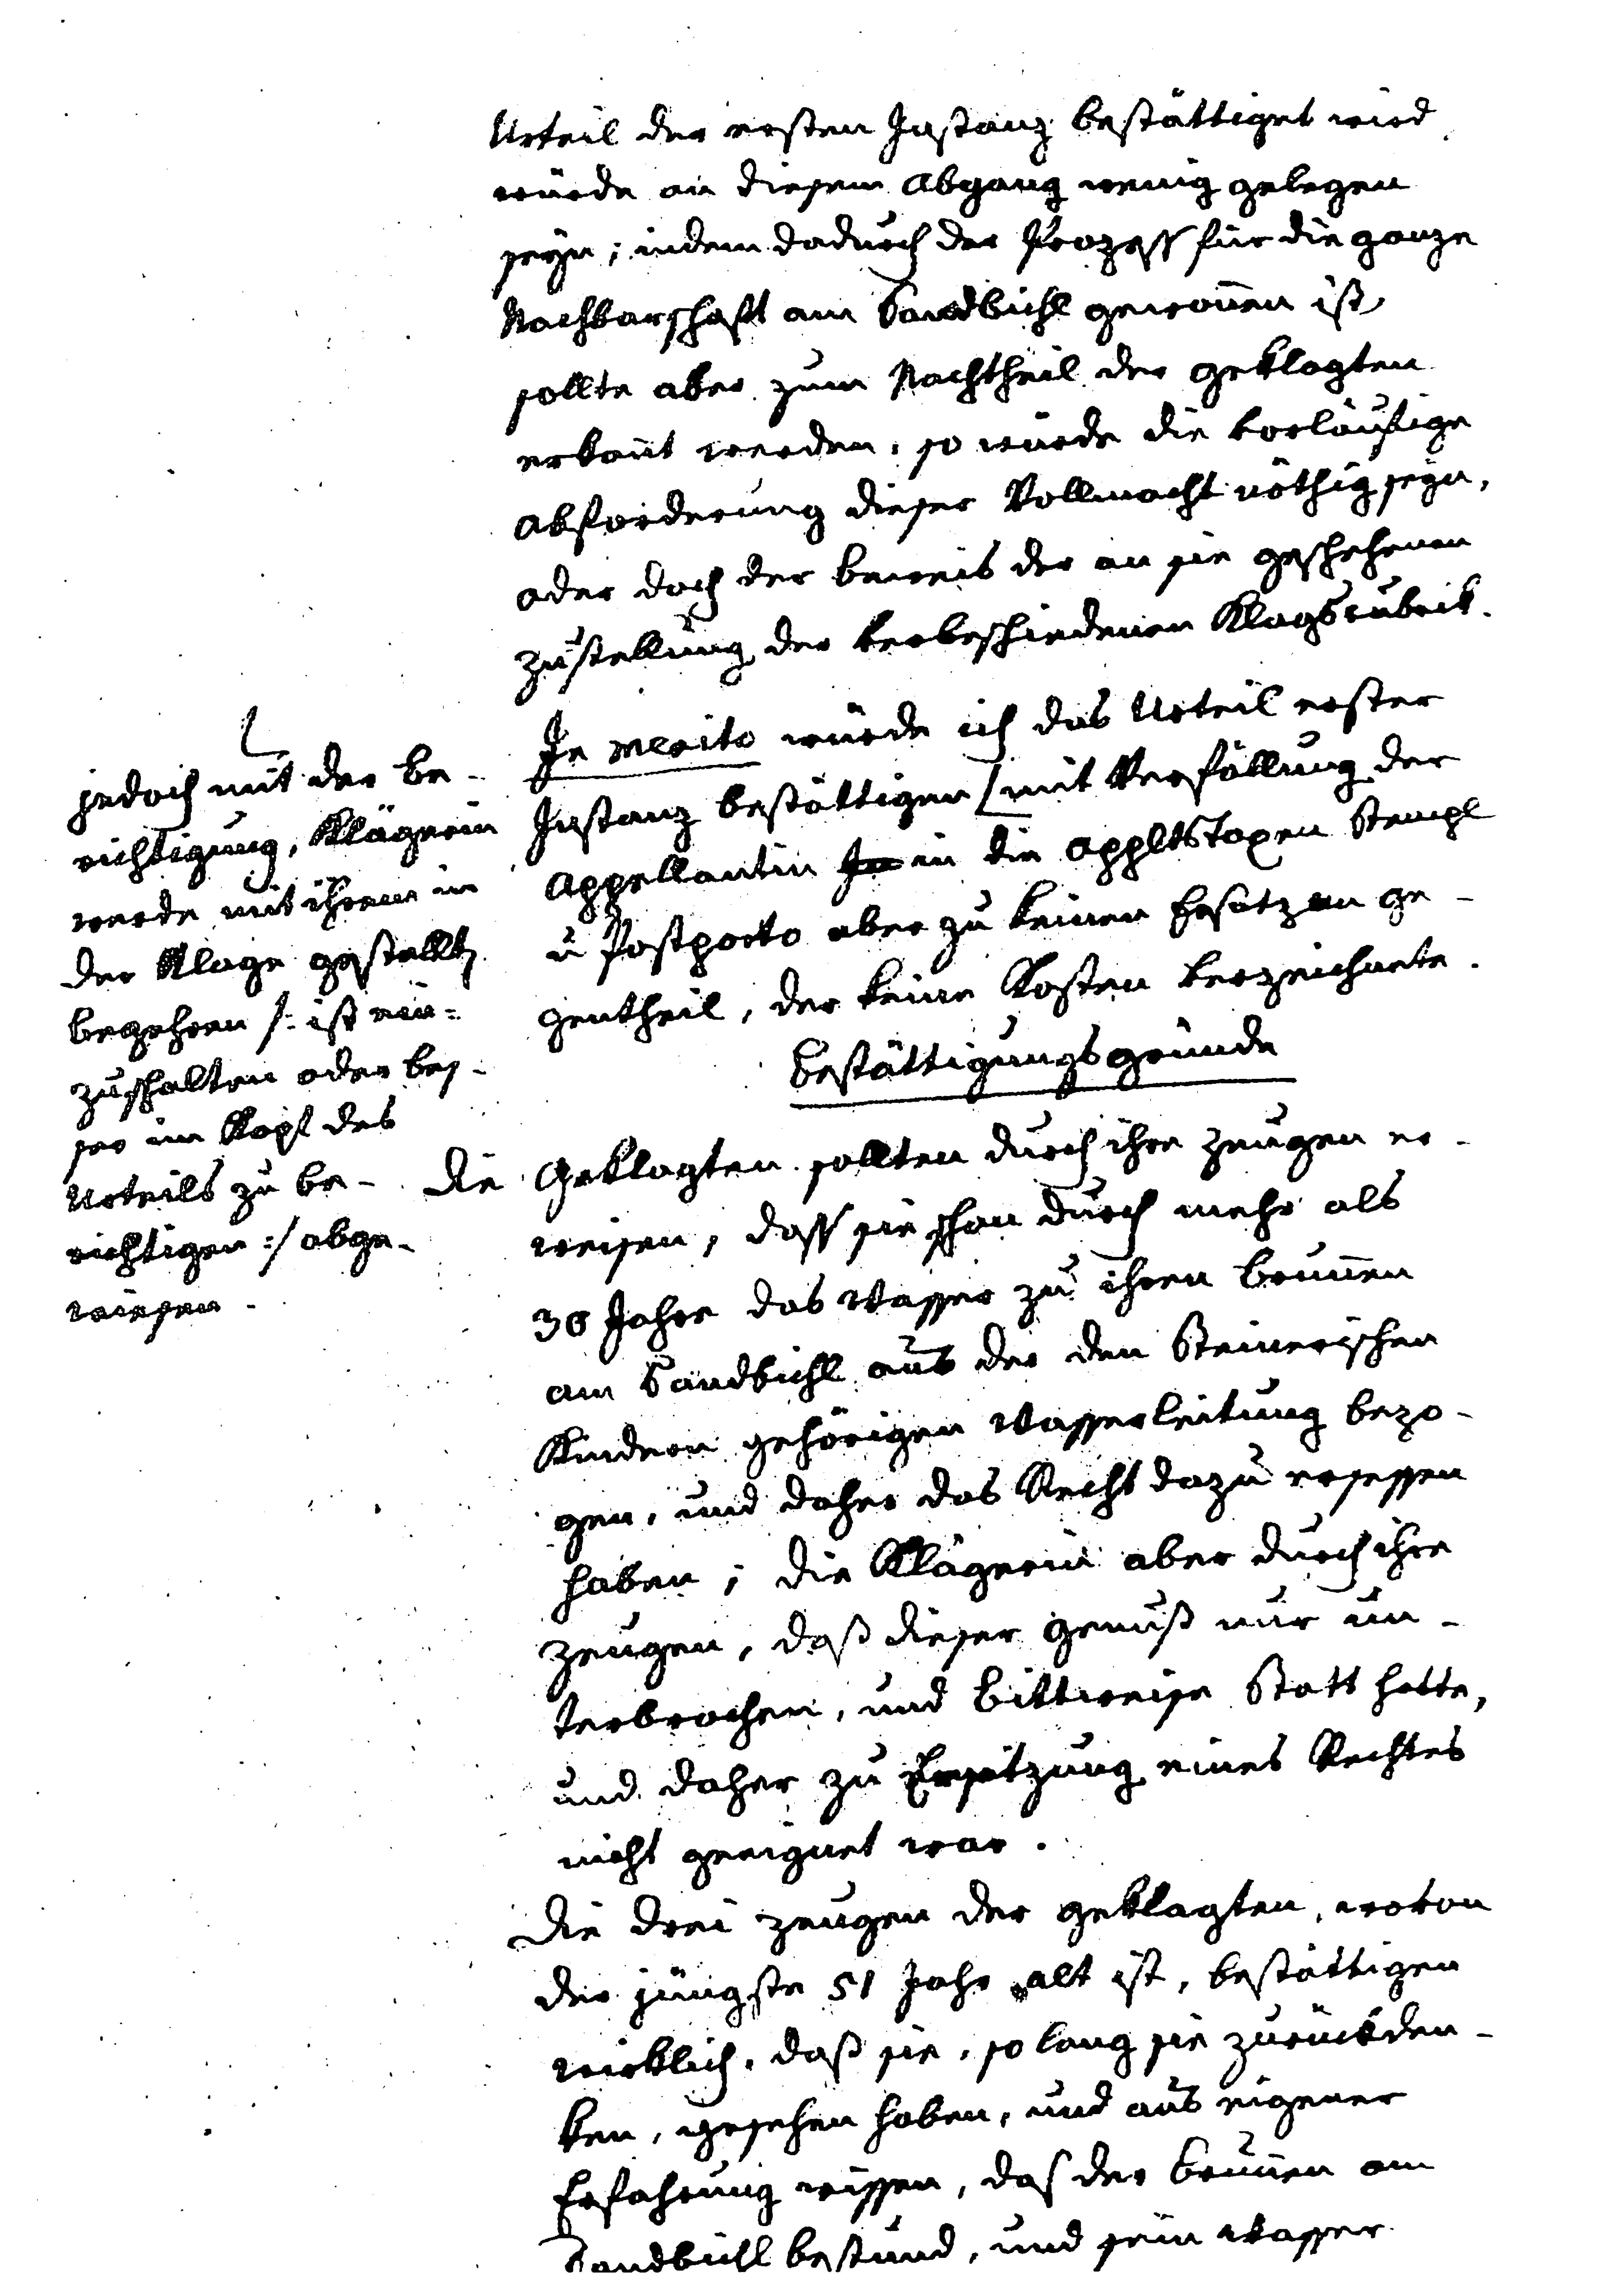
Urteil der ersten Instanz bestättiget wird.
würde an diesem Abgang wenig gelegen
seyn; indem dadurch der Prozess für die ganze
Nachbarschaft am Sandbichl gewonnen ist,
sollte aber zum Nachtheil der Geklagten
erkannt werden, so würde die vorläufige
Abforderung dieser Vollmacht nöthig seyn,
oder doch der Beweis der an sie geschehenen
Zustellung der vorbeschiedenen Klagsrubrik
In merito würde ich das Urteil erster
Instanz bestätigen # mit Verfällung der
Appellantin in die appltstaxen Strenge
u Postporto aber zu keinen Ersatz an ge¬
gentheil, der keine Kosten verzeichnete.
Bestätigungsgründe
Die Geklagten sollten durch ihre Zeugen er
weisen, dass sie schon durch mehr als
30 Jahre das Wasser zu ihren Brunnen
am Sandbichl aus der den Steinersichen
Kindern gehörigen Wasserleitung bezo¬
gen, und daher das Recht dazu ersessen
haben, die Klägerin aber durch ihre
Zeugen, daß dieser Genuß nur un¬
terbrochen, und Bittweise Statt hatte,
und daher zu Ersitzung eines Rechtes
nicht geeignet war.
Die drei Zeugen der Geklagten, wovon
der jüngste 51 Jahre alt ist, bestättigen
wirklich, daß sie, solang sie zurückdenk¬
ken, gesehen haben, und aus eigener
Erfahrung wissen, daß der Brunnen am
Sandbichl bestund, und sein Wasser

#
jedoch mit der Be¬
richtigung, Klägerin
werde mit ihrem in
der Klage gestellten
Begehren /: ist ein¬
zuschalten oder bes¬
ser im Kopf des
Urteils zu be¬
richtigen :/ abge¬
wiesen.